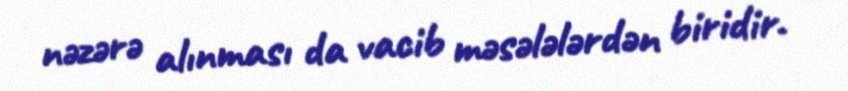
nəzərə alınması da vacib məsələlərdən biridir.